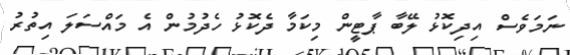
ނަމަވެސް އިދިކޮޅު ލޭބާ ޕާޓީން މިކަމާ ދެކޮޅު ހެދުމުން އެ މައްސަލަ އިތުރު